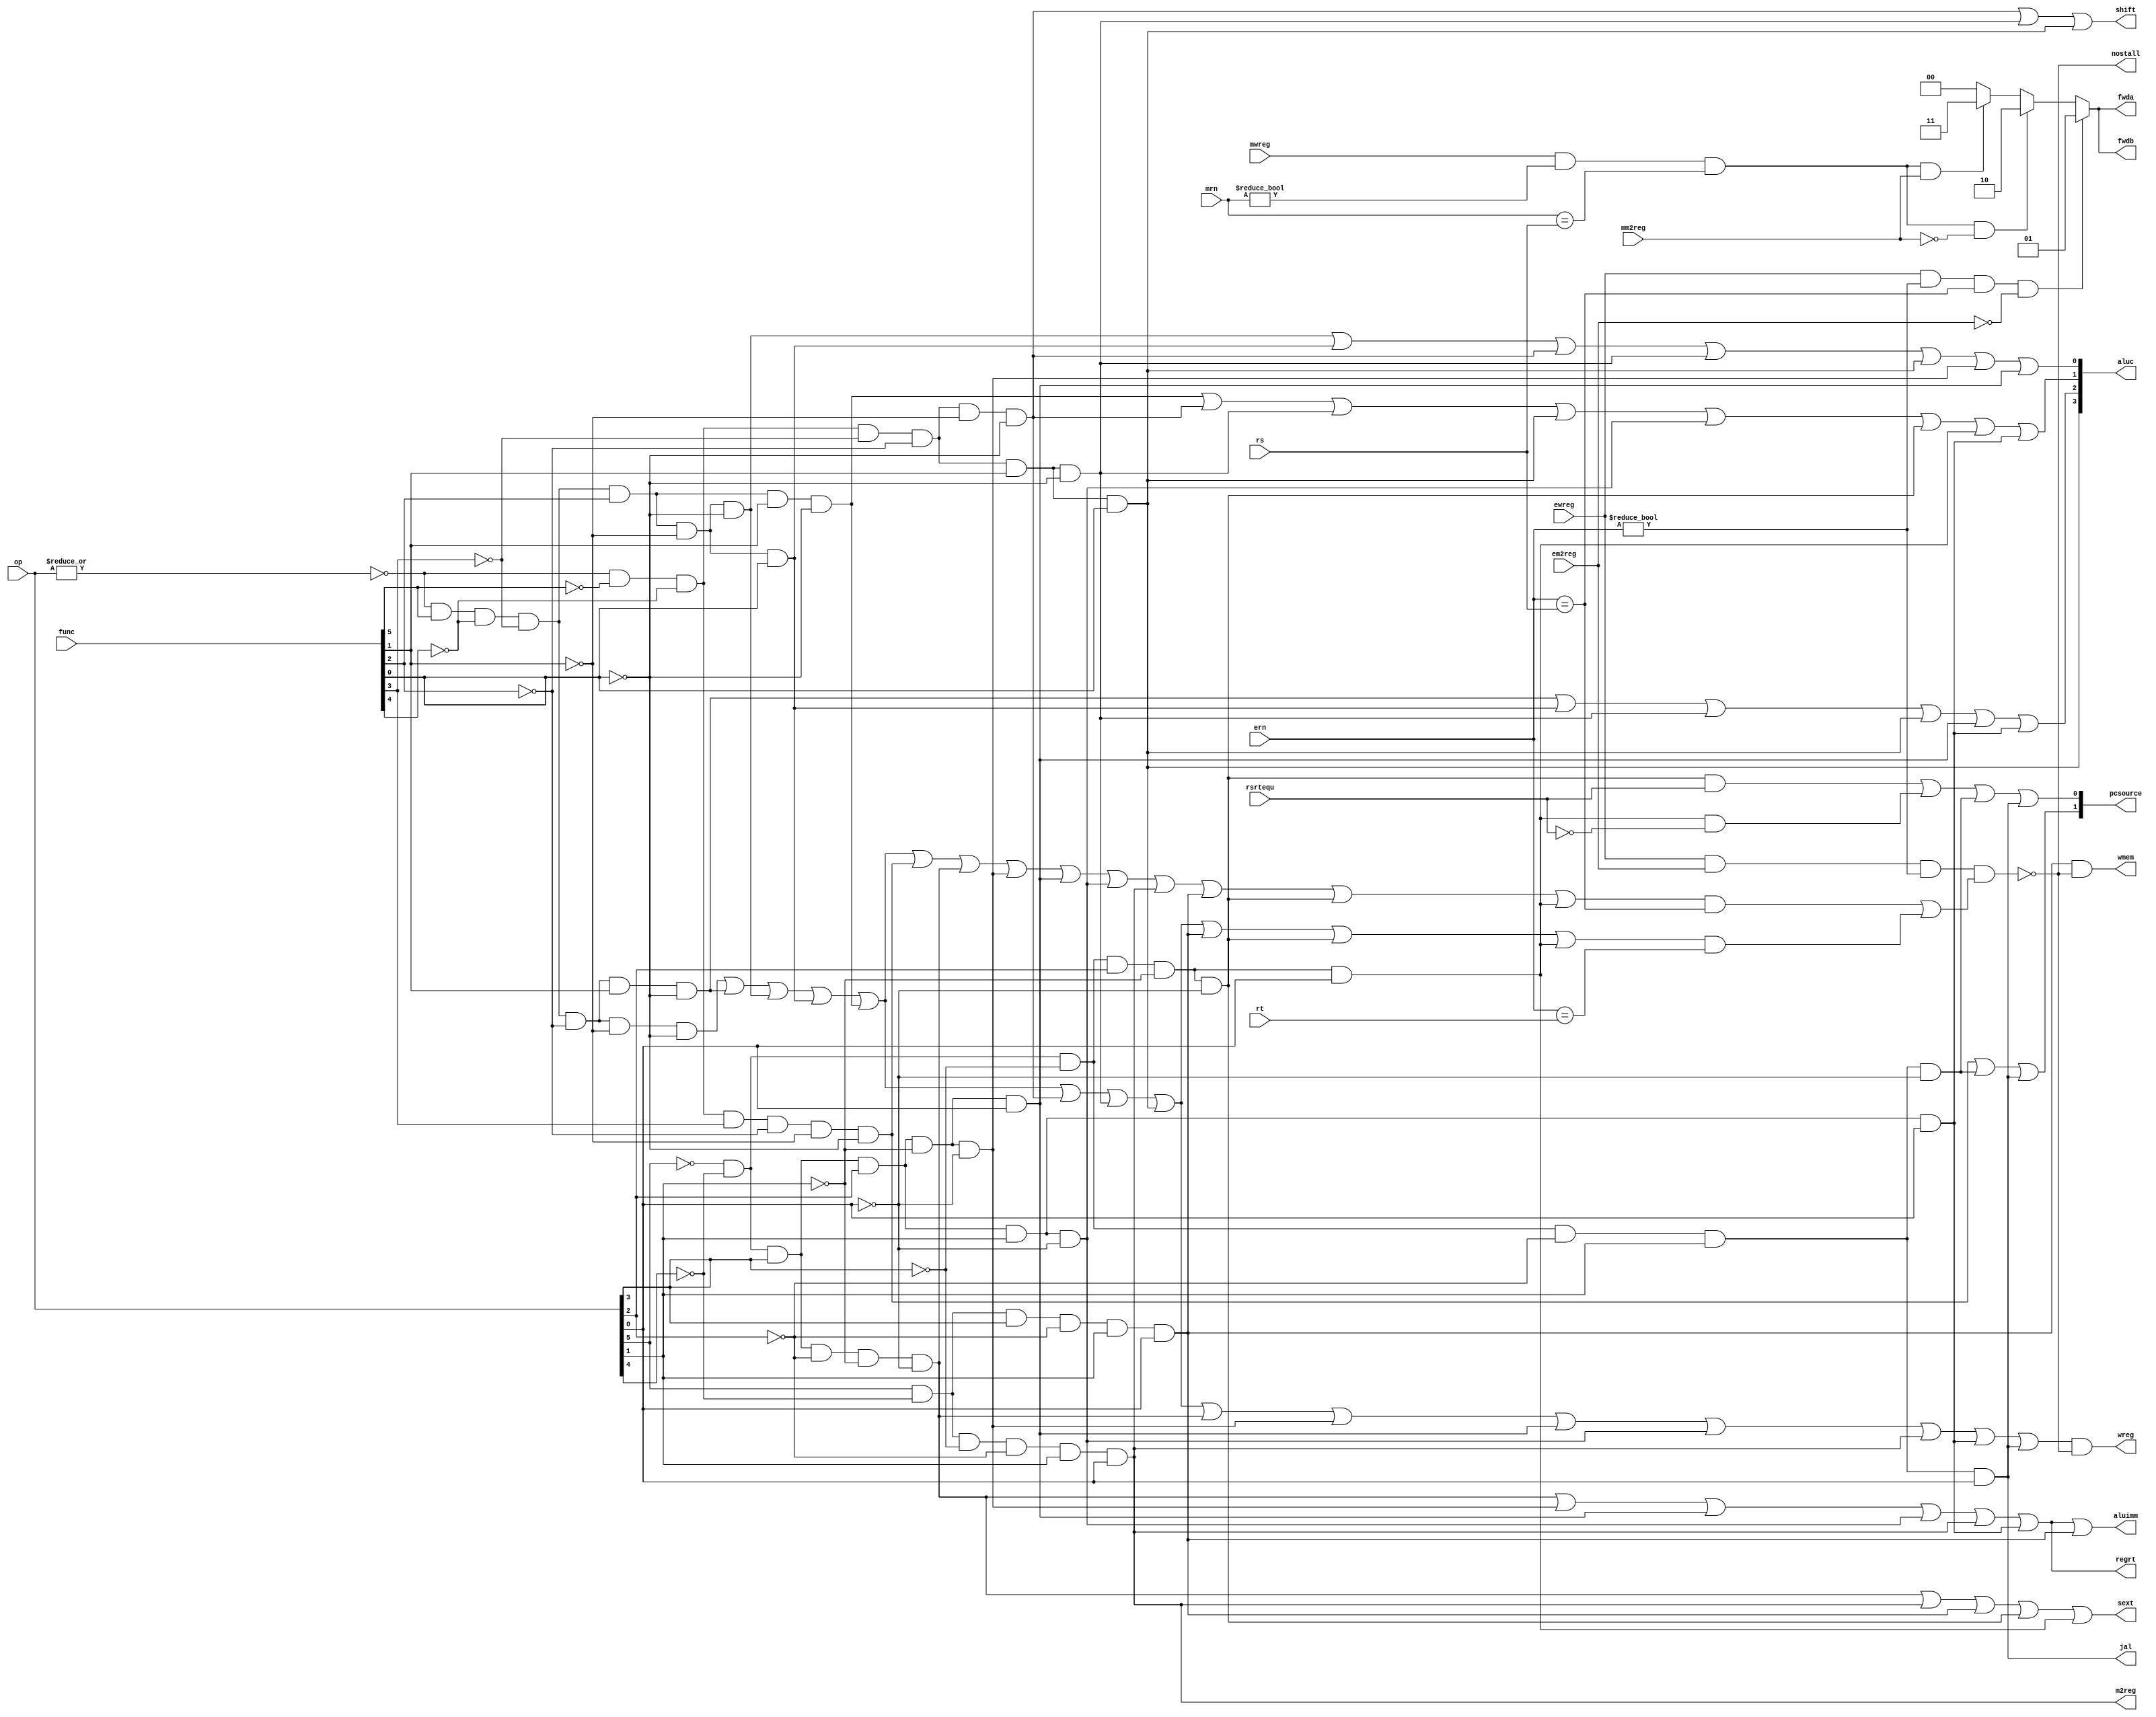
module pipeidcu(mwreg,mrn,ern,ewreg,em2reg,mm2reg,rsrtequ,func,op,rs,rt,wreg,m2reg,wmem,aluc,regrt,aluimm,fwda,fwdb,nostall,sext,
					pcsource,shift,jal);
	input mwreg,ewreg,em2reg,mm2reg,rsrtequ;
	input [4:0] mrn,ern,rs,rt;
	input  [5:0] op,func;
   output       wreg,regrt,jal,m2reg,shift,aluimm,sext,wmem;
   output [3:0] aluc;
   output [1:0] pcsource;
	output [1:0] fwda,fwdb;
	output nostall;
	reg [1:0] fwda,fwdb;
   wire r_type = ~|op;
   wire i_add = r_type & func[5] & ~func[4] & ~func[3] &
                ~func[2] & ~func[1] & ~func[0];          //100000
   wire i_sub = r_type & func[5] & ~func[4] & ~func[3] &
                ~func[2] &  func[1] & ~func[0];          //100010
      
   //  please complete the deleted code.
   
   wire i_and =  r_type & func[5] & ~func[4] & ~func[3] &
                 func[2] & ~func[1] & ~func[0];  
   wire i_or  = r_type & func[5] & ~func[4] & ~func[3] &
                 func[2] & ~func[1] &  func[0];  

   wire i_xor = r_type & func[5] & ~func[4] & ~func[3] &
                 func[2] &  func[1] & ~func[0];  
   wire i_sll = r_type & ~func[5] & ~func[4] & ~func[3] &
                ~func[2] & ~func[1] & ~func[0];  
   wire i_srl = r_type & ~func[5] & ~func[4] & ~func[3] &
                ~func[2] &  func[1] & ~func[0];  
   wire i_sra = r_type & ~func[5] & ~func[4] & ~func[3] &
                ~func[2] &  func[1] &  func[0];  
   wire i_jr  = r_type & ~func[5] & ~func[4] &  func[3] &
                ~func[2] & ~func[1] & ~func[0];  
                
   wire i_addi = ~op[5] & ~op[4] &  op[3] & ~op[2] & ~op[1] & ~op[0]; //001000
   wire i_andi = ~op[5] & ~op[4] &  op[3] &  op[2] & ~op[1] & ~op[0]; //001100
   
   wire i_ori  = ~op[5] & ~op[4] &  op[3] &  op[2] & ~op[1] &  op[0]; //001101      // complete by yourself.
   wire i_xori = ~op[5] & ~op[4] &  op[3] &  op[2] &  op[1] & ~op[0]; //001110
   wire i_lw   =  op[5] & ~op[4] & ~op[3] & ~op[2] &  op[1] &  op[0]; //100011
   wire i_sw   =  op[5] & ~op[4] &  op[3] & ~op[2] &  op[1] &  op[0]; //101011
   wire i_beq  = ~op[5] & ~op[4] & ~op[3] &  op[2] & ~op[1] & ~op[0]; //000100
   wire i_bne  = ~op[5] & ~op[4] & ~op[3] &  op[2] & ~op[1] &  op[0]; //000101
   wire i_lui  = ~op[5] & ~op[4] &  op[3] &  op[2] &  op[1] &  op[0]; //001111
   wire i_j    = ~op[5] & ~op[4] & ~op[3] & ~op[2] &  op[1] & ~op[0]; //000010
   wire i_jal  = ~op[5] & ~op[4] & ~op[3] & ~op[2] &  op[1] &  op[0]; //000011
   wire i_rs   = i_add | i_sub  | i_and  | i_or   | i_xor  |
                 i_jr  | i_addi | i_andi | i_ori  | i_xori | i_lw | i_sw  | i_beq | i_bne ;
	wire i_rt   = i_add | i_sub | i_and | i_or   | i_xor  |
                 i_sll | i_srl | i_sra | i_sw   | i_beq  |
                 i_bne ;
   assign nostall = ~(ewreg & em2reg & (ern !=0) & (i_rs & (ern == rs) | i_rt & (ern == rt)));
	
	always @(ewreg or mwreg or ern or mrn or em2reg or mm2reg or rs or rt)
		begin
			fwda=2'b00;
			if(ewreg & (ern !=0) & (ern == rs ) & ~em2reg)
				begin 
					fwda=2'b01;
				end
			else 
				begin
					if(mwreg & (mrn !=0) & (mrn == rs) & ~mm2reg )
						begin
							fwda=2'b10;
						end
					else
						begin
							if(mwreg & (mrn !=0) & (mrn == rs) & mm2reg )
								begin
									fwda=2'b11;
								end
						end
				end
			fwdb=2'b00;
			if(ewreg & (ern !=0) & (ern == rs ) & ~em2reg)
				begin 
					fwdb=2'b01;
				end
			else 
				begin
					if(mwreg & (mrn !=0) & (mrn == rs) & ~mm2reg )
						begin
							fwdb=2'b10;
						end
					else
						begin
							if(mwreg & (mrn !=0) & (mrn == rs) & mm2reg )
								begin
									fwdb=2'b11;
								end
						end
				end
			end
							
	assign pcsource[1] = i_jr | i_j | i_jal ;
   assign pcsource[0] = i_beq & rsrtequ  | i_bne & ~rsrtequ | i_j | i_jal ;
   
   assign wreg = (i_add | i_sub | i_and | i_or   | i_xor  |
                 i_sll | i_srl | i_sra | i_addi | i_andi |
                 i_ori | i_xori | i_lw | i_lui  | i_jal)&nostall ;
   
   assign aluc[3] = i_sra ;      // complete by yourself.
   assign aluc[2] = i_sub | i_or | i_srl | i_sra | i_ori | i_lui;
   assign aluc[1] = i_xor | i_sll | i_srl | i_sra | i_xori | i_beq | i_bne | i_lui ;
   assign aluc[0] = i_and | i_or | i_sll | i_srl | i_sra | i_andi | i_ori ;
   assign shift   = i_sll | i_srl | i_sra ;

   assign aluimm  = i_addi | i_andi | i_ori | i_xori | i_lw | i_lui | i_sw ;     // complete by yourself.
   assign sext    = i_addi | i_lw | i_sw | i_beq | i_bne ;
   assign wmem    = i_sw & nostall ;
   assign m2reg   = i_lw ;
   assign regrt   = i_addi | i_andi | i_ori | i_xori | i_lw | i_lui ;
   assign jal     = i_jal ;
endmodule